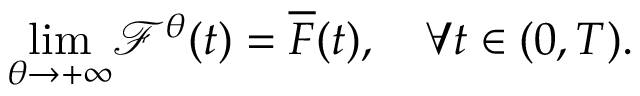
\underset { \theta \rightarrow + \infty } { \operatorname* { l i m } } \mathcal { F } ^ { \theta } ( t ) = \overline { { F } } ( t ) , \quad \forall t \in ( 0 , T ) .